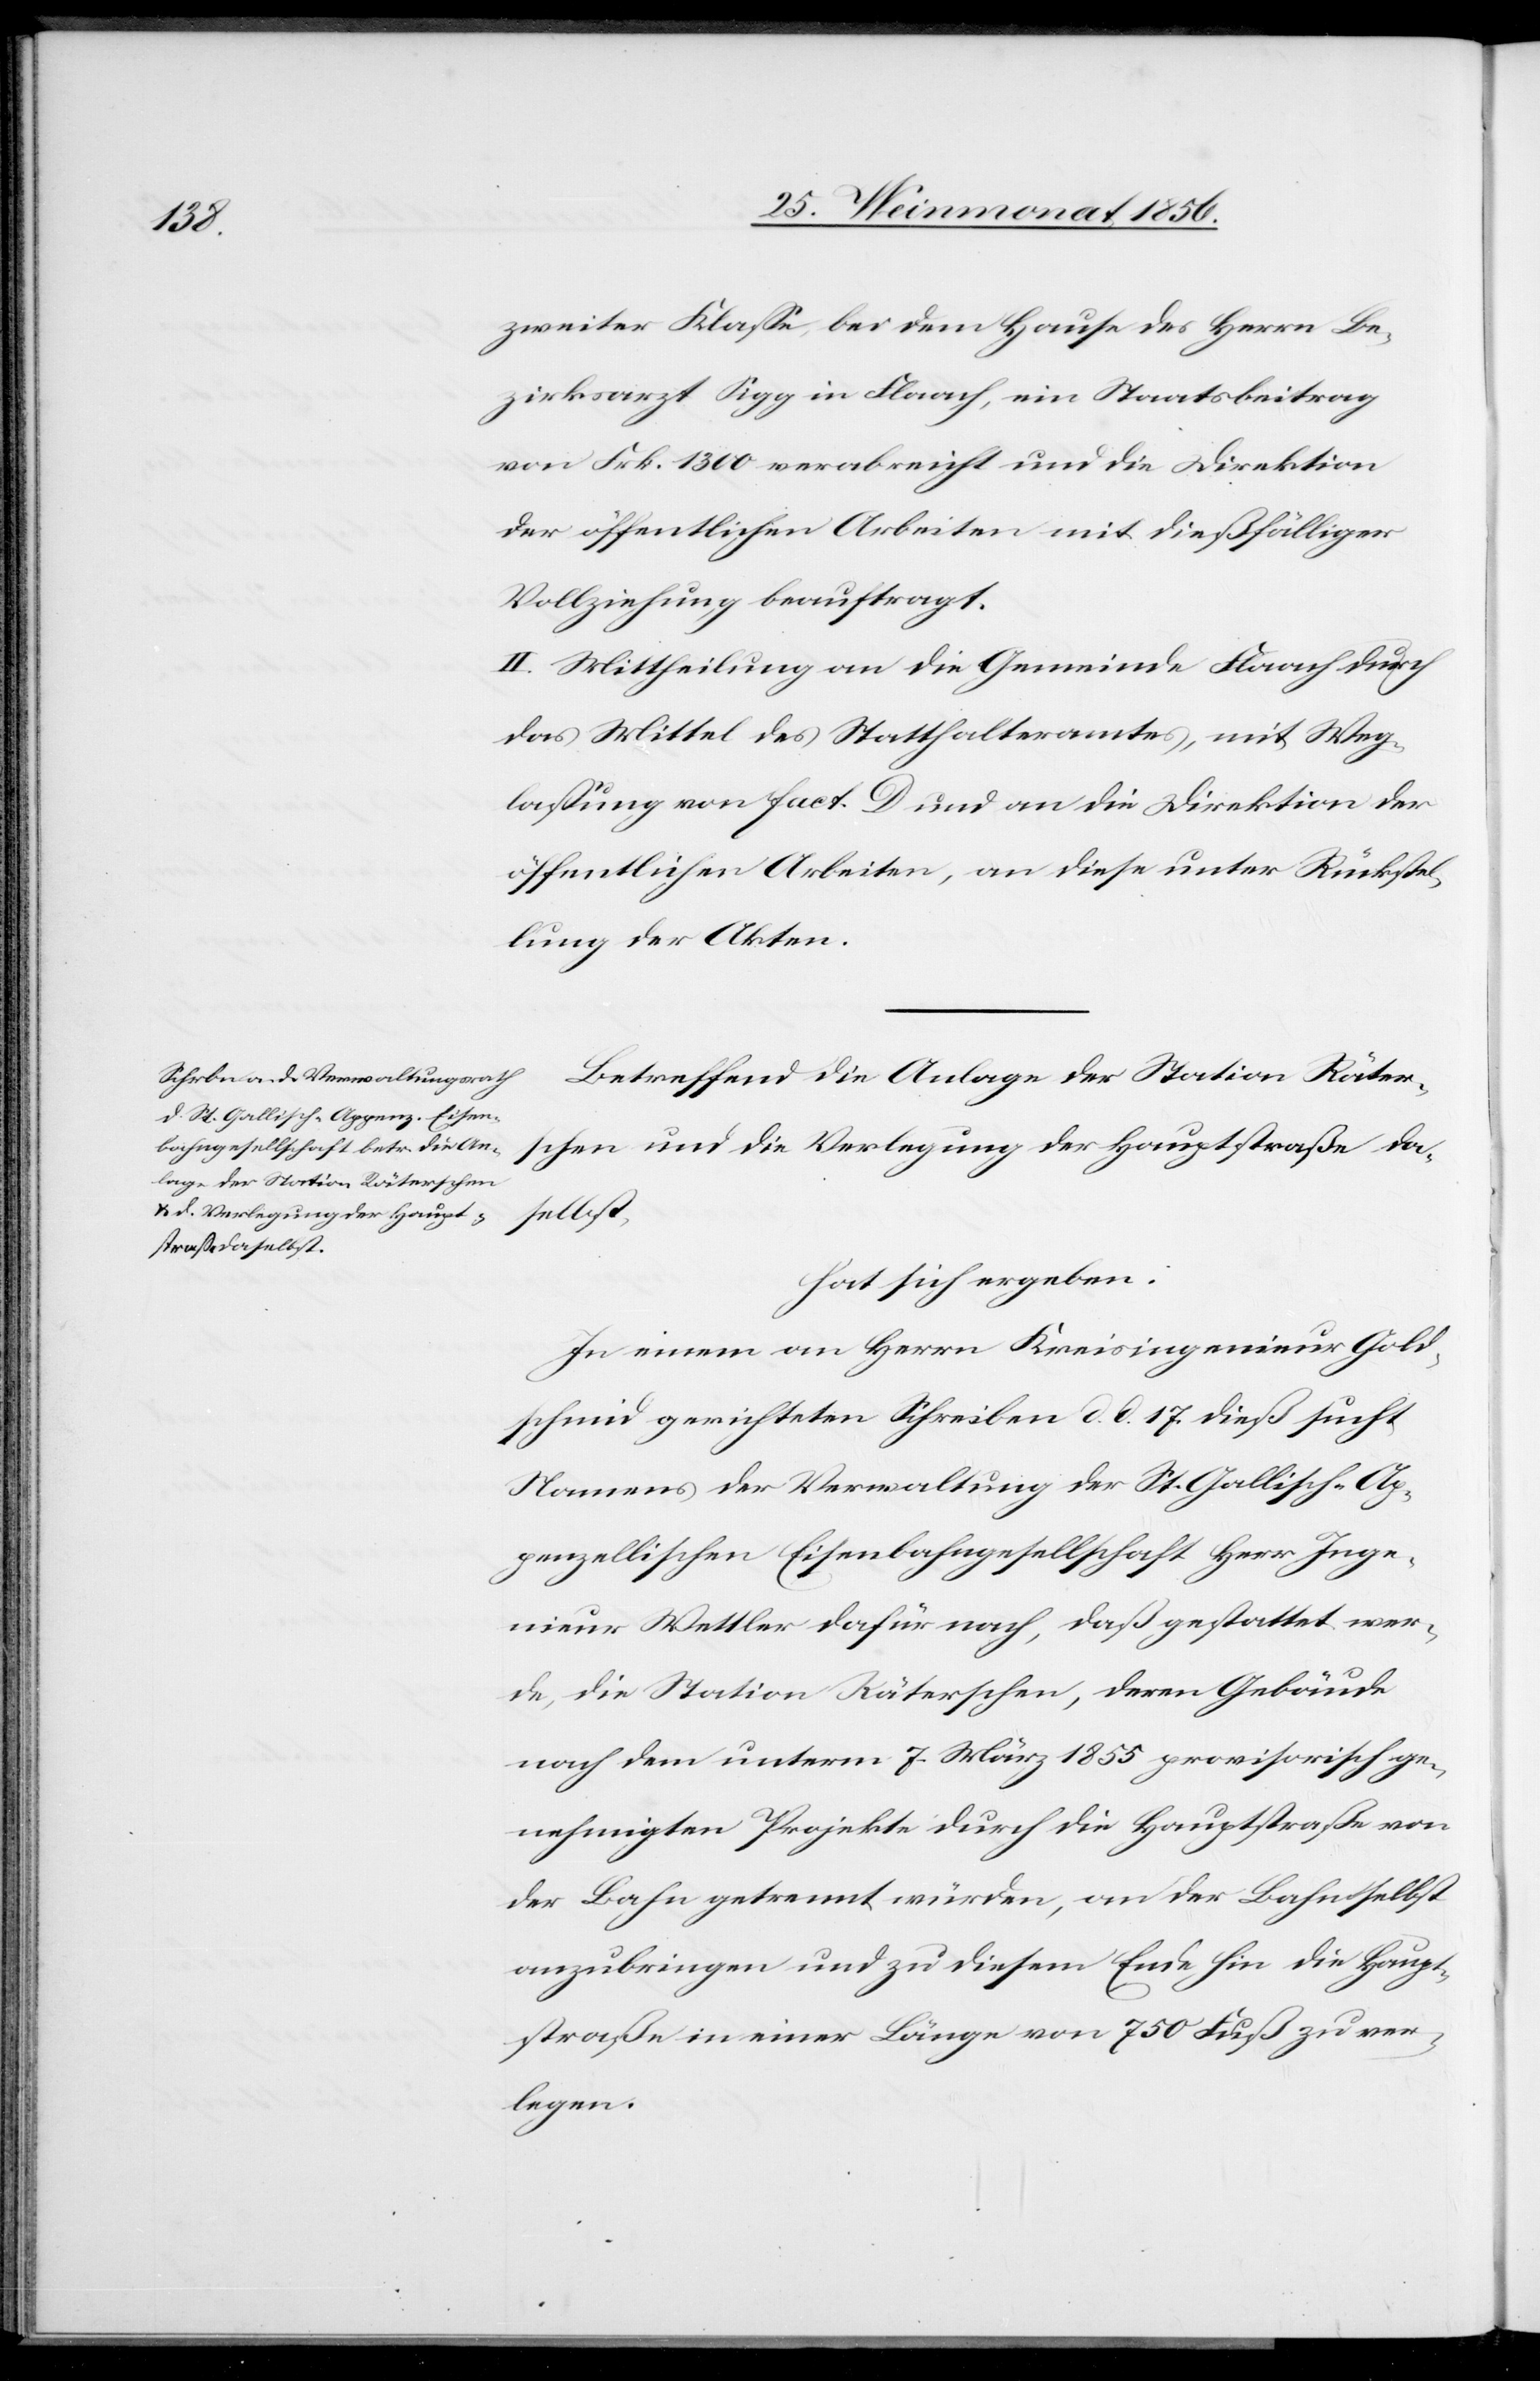
zweiter Klasse, bei dem Hause des Herrn Be¬
zirksarzt Sigg in Flaach, ein Staatsbeitrag
von Frk. 1300 verabreicht und die Direktion
der öffentlichen Arbeiten mit dießfälliger
Vollziehung beauftragt.
II. Mittheilung an die Gemeinde Flaach durch
das Mittel des Statthalteramtes, mit Weg¬
lassung von fact. D und an die Direktion der
öffentlichen Arbeiten, an diese unter Rückstel¬
lung der Akten.
Betreffend die Anlage der Station Räter¬
schen und die Verlegung der Hauptstraße da¬
selbst,
hat sich ergeben:
In einem an Herrn Kreisingenieur Gold¬
schmid gerichteten Schreiben d. d. 17. dieß sucht
Namens der Verwaltung der St. Gallisch-Ap¬
penzellischen Eisenbahngesellschaft Herr Inge¬
nieur Wettler dafür nach, daß gestattet wer¬
de, die Station Räterschen, deren Gebäude
nach dem unterm 7. März 1855 provisorisch ge¬
nehmigten Projekte durch die Hauptstraße von
der Bahn getrennt würden, an der Bahn selbst
anzubringen und zu diesem Ende hin die Haupt¬
straße in einer Länge von 750 Fuß zu ver¬
legen.